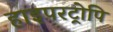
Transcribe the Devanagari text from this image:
हाइपरट्रोपि